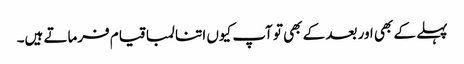
پہلے کے بھی اور بعد کے بھی تو آپ کیوں اتنا لمبا قیام فرماتے ہیں۔